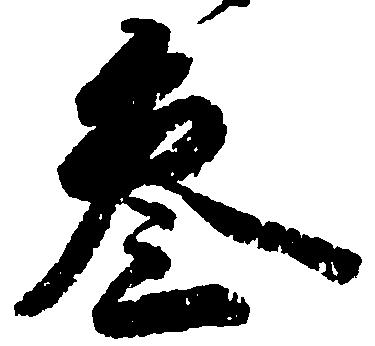
参